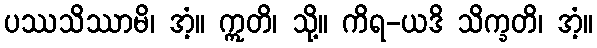
ပဿသိဿာမိ၊ အံ့။ ဣတိ၊ သို့။ ကိရ-ယဒိ သိက္ခတိ၊ အံ့။